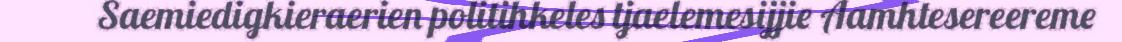
Saemiedigkieraerien politihkeles tjaelemesijjie Aamhtesereereme